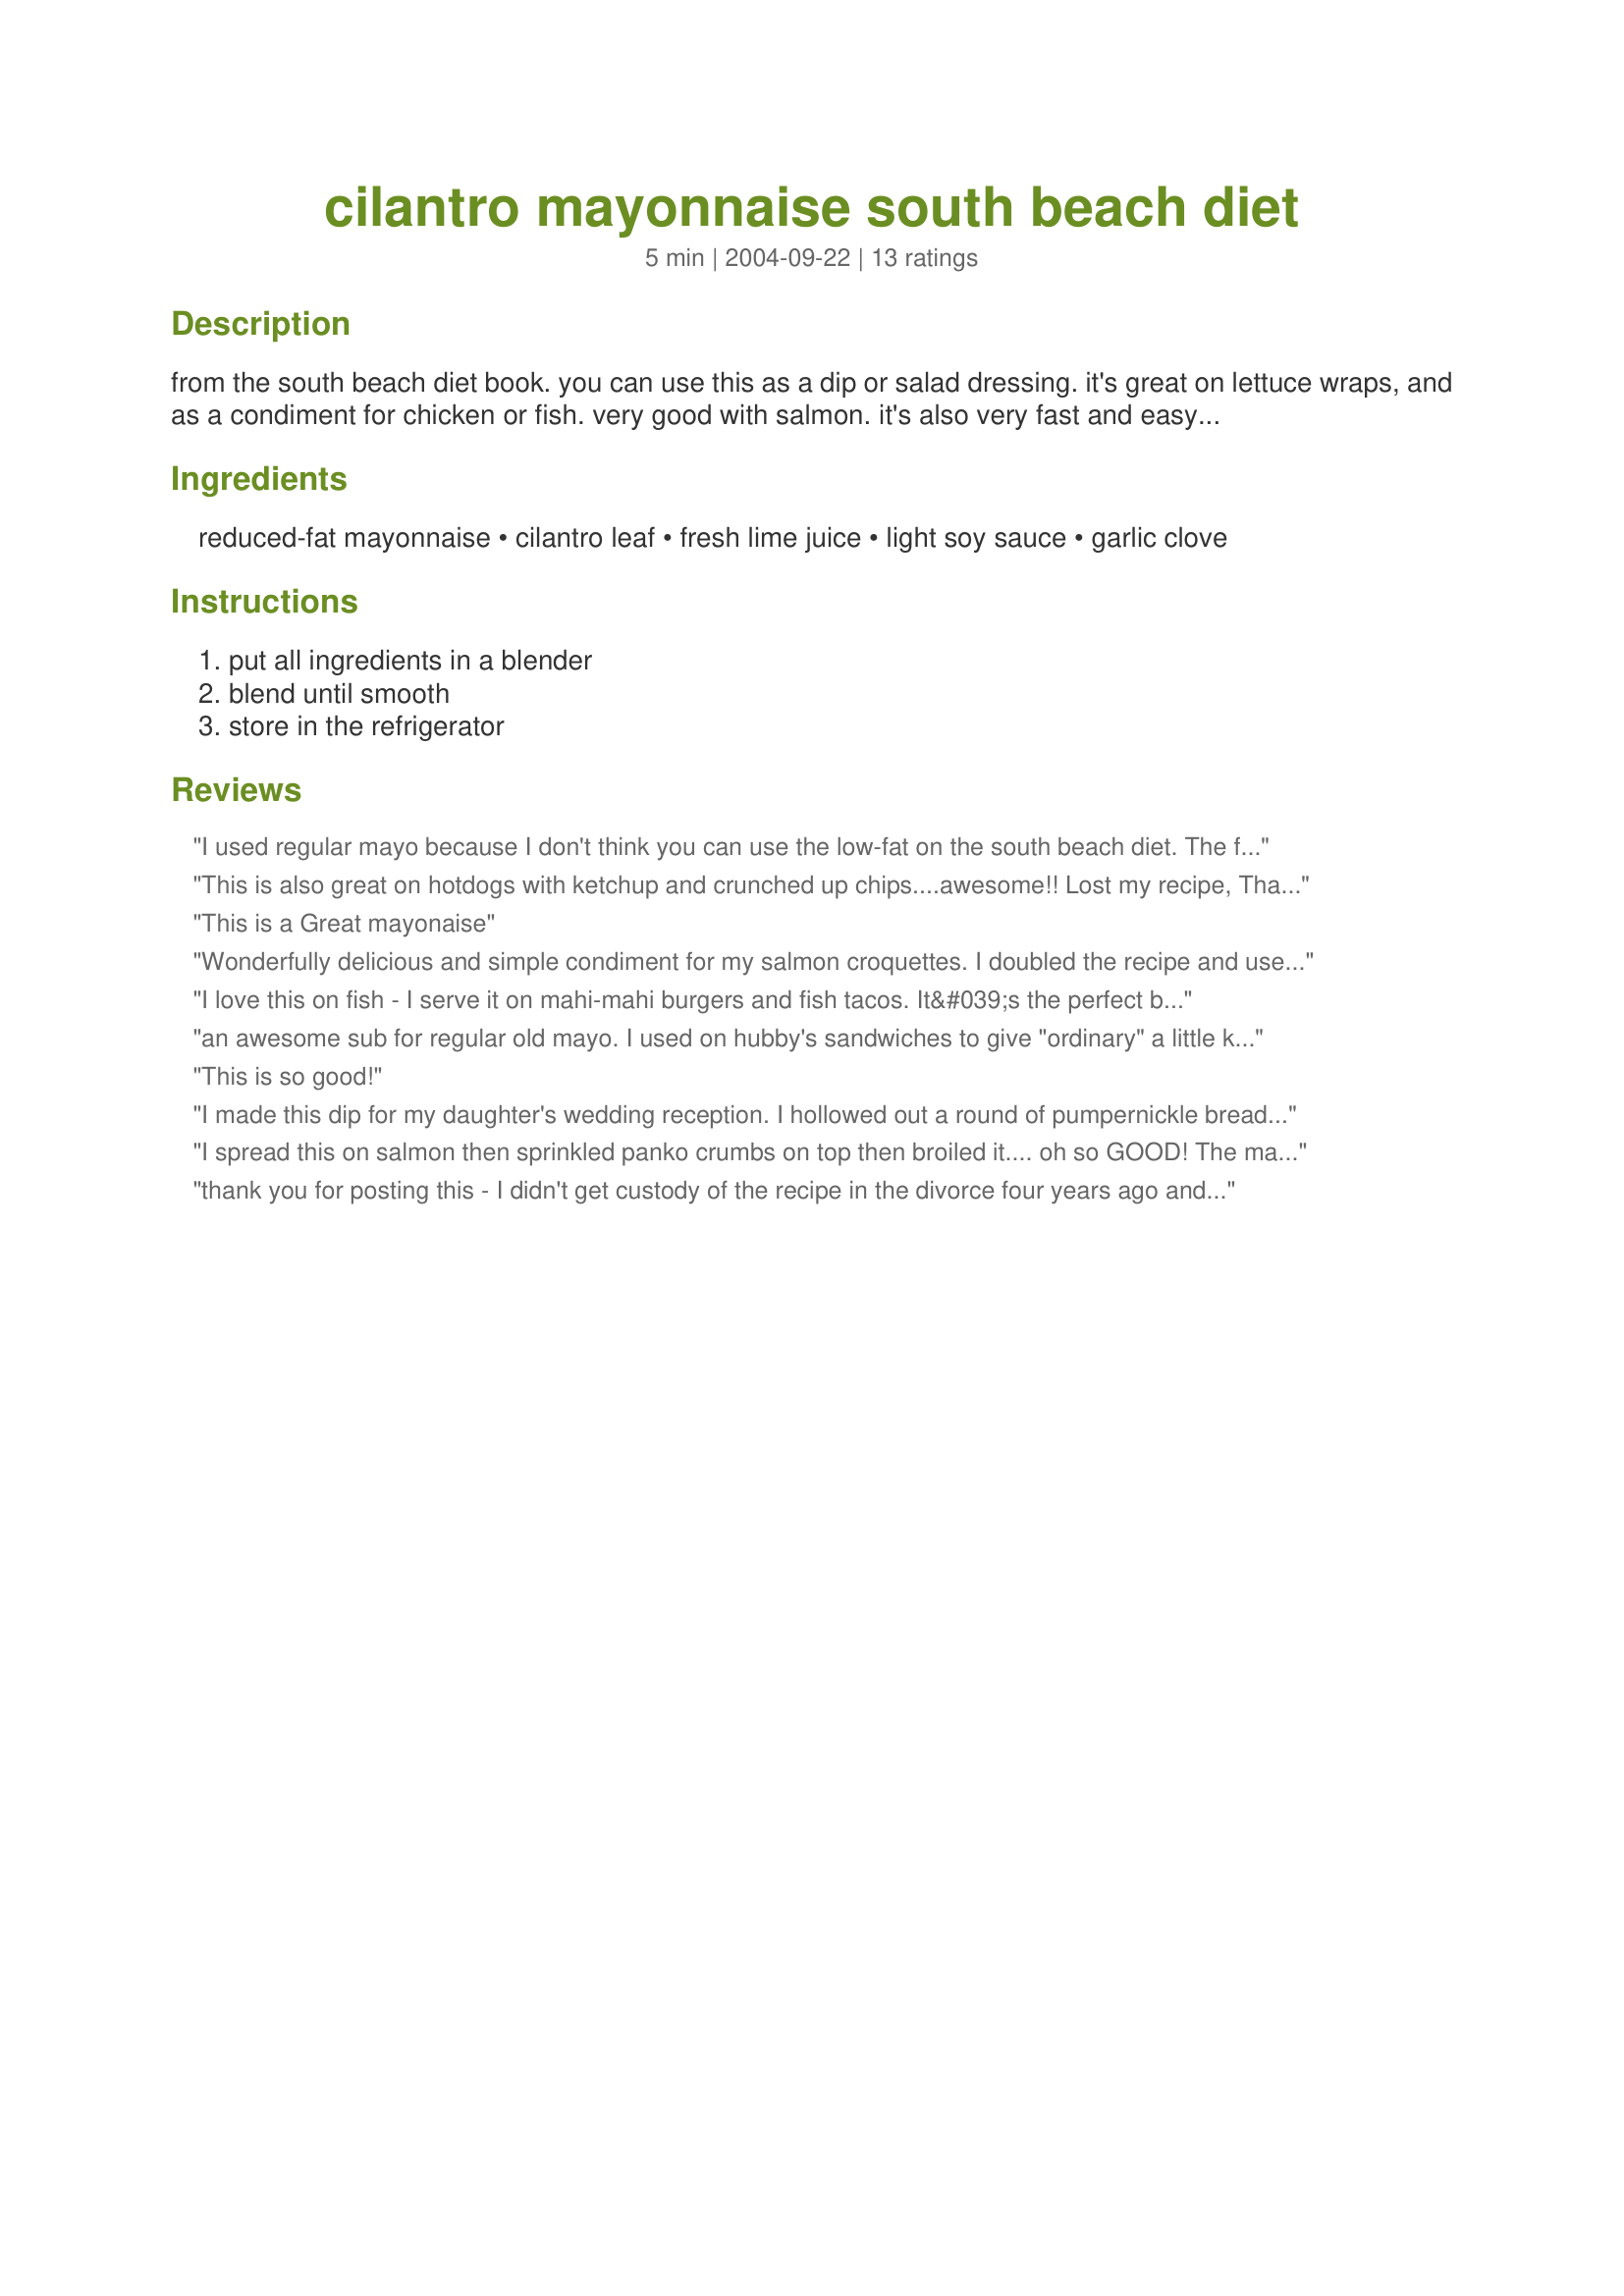
cilantro mayonnaise south beach diet
Preparation time: 5 minutes

from the south beach diet book. you can use this as a dip or salad dressing. it's great on lettuce wraps, and as a condiment for chicken or fish. very good with salmon. it's also very fast and easy to prepare. note to you south beach dieters - this is right out of the book. you can use reduced fat, but not fat-free mayo. fat-free has too much sugar.

Ingredients:
reduced-fat mayonnaise, cilantro leaf, fresh lime juice, light soy sauce, garlic clove

Steps:
put all ingredients in a blender, blend until smooth, store in the refrigerator

Reviews:
I used regular mayo because I don't think you can use the low-fat on the south beach diet. The fat substitute has too many carbs. Still....wonderful great as a dip for EVERYTHING.
This is also great on hotdogs with ketchup and crunched up chips....awesome!! Lost my recipe, Thanks for sharing.
This is a Great mayonaise
Wonderfully delicious and simple condiment for my salmon croquettes.
I doubled the recipe and used leftovers for sandwich spread. Thanks Papergoddess.I hope you like the picture I took of it ;-)
I love this on fish - I serve it on mahi-mahi burgers and fish tacos. It&#039;s the perfect blend of flavors to compliment fish.
an awesome sub for regular old mayo. I used on hubby's sandwiches to give "ordinary" a little kick in the behind. Thanks!
This is so good!
I made this dip for my daughter's wedding reception. I hollowed out a round of pumpernickle bread and spooned the dip inside. Served it with a tray of smoked salmon, veggies and chunks of bread. I got nothing but rave reviews from all our guests.
I spread this on salmon then sprinkled panko crumbs on top then broiled it.... oh so GOOD! The mayo and salmon are perfect together and I love that it takes so little of the mayo to get a real kick of taste. Looking forward to finding more uses for it. 
Update: Mixed this mayo with some spicy chicken and carmelized onions to make awesome tacos.
thank you for posting this - I didn't get custody of the recipe in the divorce four years ago and wanted to make it again!
This is tasty. Good spread for sandwhiches.
I LOVE this stuff... and had lost my recipe so thanks for sharing. I use it as a snack (dip w/ red bell peppers and or a slice of turkey sandwich meat (as I think the book suggested) and it helps to keep my blood sugar level so that I don't tend to crave as much.
OMG ! My nephew made this last night and put it on cheeseburgers! Sublime ! I want to try it on fresh burgers off the grill with garden tomatoes and lettuce! This is so fresh tasting.
